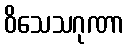
ဝိသေသဂုဏာ